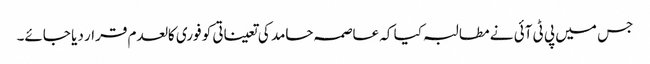
جس میں پی ٹی آئی نے مطالبہ کیا کہ عاصمہ حامد کی تعیناتی کو فوری کالعدم قرار دیا جائے۔